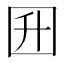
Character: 𡆼